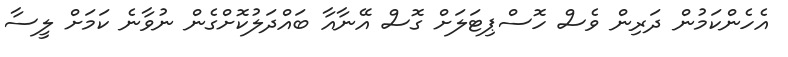
އެހެންކަމުން ދަރިން ވެސް ހޮސްޕިޓަލަށް ގޮސް އޭނާއާ ބައްދަލުކޮށްގެން ނުވާނެ ކަމަށް ލީސާ